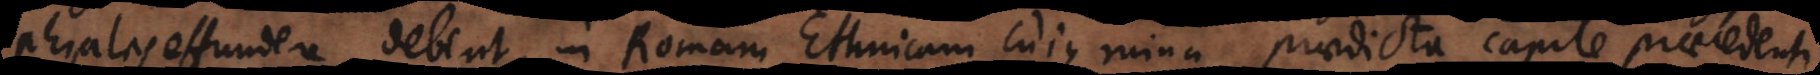
phiales effundere debent, in Romam Ethnicam cujus ruina praedicta capite praecedenti.